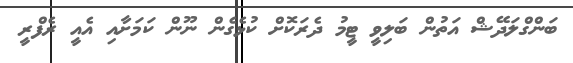
ބަންގްލަދޭޝް އަތުން ބަލިވީ ޓީމު ދެރަކޮށް ކުޅެގެން ނޫން ކަމަށާއި އެއީ ރެފްރީ